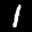
Label: 1